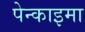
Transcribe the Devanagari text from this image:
पेन्काइमा